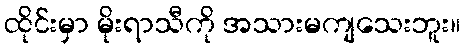
ထိုင်းမှာ မိုးရာသီကို အသားမကျသေးဘူး။